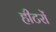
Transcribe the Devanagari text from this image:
हीटरों